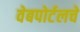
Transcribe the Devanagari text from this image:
वेबपोर्टलचे